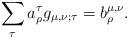
LaTeX: \begin{align*} \sum_\tau a_\rho^\tau g_{\mu,\nu;\tau} = b_\rho^{\mu,\nu}. \end{align*}